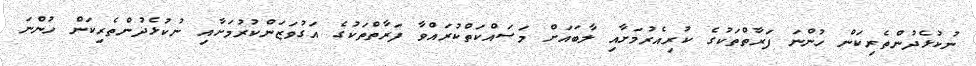
ނުކުޅެދުންތެރިކަން ހުންނަ ފަރާތްތަކުގެ ކުރިއެރުމަށާއި ލާބައަށް މަސައްކަތްކުރައްވާ ފަރާތްތަކުގެ އަގުވަޒަންކުރުމަށާއި ނުކުޅެދުންތެރިކަން ހުންނަ